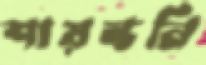
শায়ন্তনি